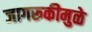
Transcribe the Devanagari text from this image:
जागरूकीमुळे